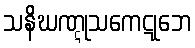
သနိဃဏ္ဋုသကေဋုဘေ